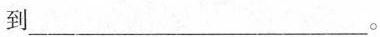
到___。